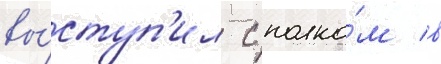
вы́ступ'ил с полко́м в